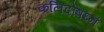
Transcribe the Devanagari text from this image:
कलिदोषघ्नं